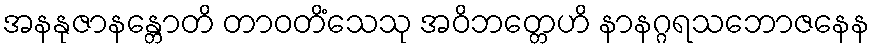
အနနုဇာနန္တောတိ တာဝတိံသေသု အဝိဘတ္တေဟိ နာနဂ္ဂရသဘောဇနေန